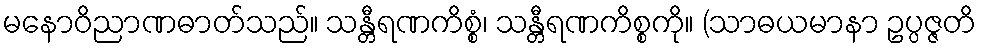
မနောဝိညာဏဓာတ်သည်။ သန္တီရဏကိစ္စံ၊ သန္တီရဏကိစ္စကို။ (သာဓယမာနာ ဥပ္ပဇ္ဇတိ